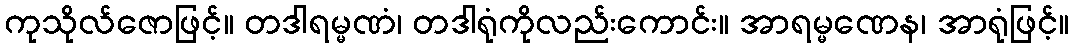
ကုသိုလ်ဇောဖြင့်။ တဒါရမ္မဏံ၊ တဒါရုံကိုလည်းကောင်း။ အာရမ္မဏေန၊ အာရုံဖြင့်။